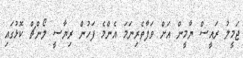
ޖަމީލު ރައީސް ޔާމީން އަށް ވަފާތެރިނަމަ އެންމެ ފަހުން ރިޔާސީ ލޯންޗް ކޮޅުގައި